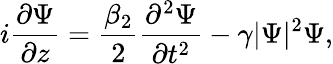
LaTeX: i\frac{\partial\Psi}{\partial z}=\frac{\beta_{2}}{2}\frac{\partial^{2}\Psi}{\partial t^{2}}-\gamma|\Psi|^{2}\Psi,